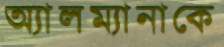
অ্যালম্যানাকে